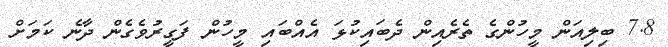
7.8 ބިލިއަން މީހުންގެ ތެރެއިން ދެބައިކުޅަ އެއްބައި މީހުން ފަގީރުވެެގެން ދާނެ ކަމަށް